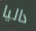
داليا